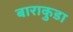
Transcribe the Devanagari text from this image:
बाराकुडा